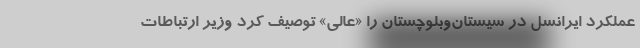
عملکرد ایرانسل در سیستان‌وبلوچستان را «عالی» توصیف کرد وزیر ارتباطات